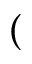
(